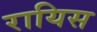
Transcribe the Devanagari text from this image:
रायिस